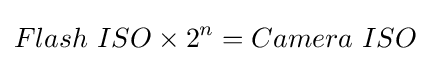
Flash\ ISO\times 2^{n}=Camera\ ISO